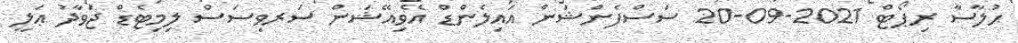
ޙުލާސާ ރިޕޯޓް 2021-09-20 ސަސްޕެންޝަން އައިލެންޑް އޭވިއޭޝަން ސަރވިސަސް ލިމިޓެޑް ޖަވާދު ޢަލީ